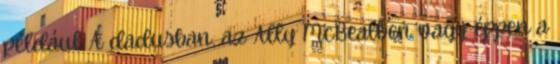
például A dadusban, az Ally McBealben vagy éppen a